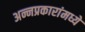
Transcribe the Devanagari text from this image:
अन्नप्रकारांमध्ये